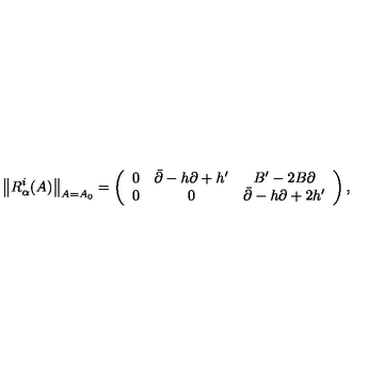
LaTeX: \left\| R _ { \alpha } ^ { i } ( A ) \right\| _ { A = A _ { 0 } } = \left( \begin{array} { c c c } { 0 } & { \bar { \partial } - h \partial + h ^ { \prime } } & { B ^ { \prime } - 2 B \partial } \\ { 0 } & { 0 } & { \bar { \partial } - h \partial + 2 h ^ { \prime } } \\ \end{array} \right) ,